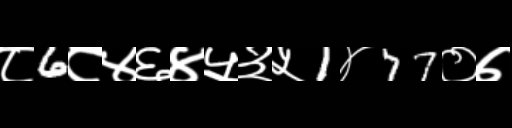
Text: ८6८४६४५३५1४77०७